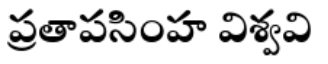
ప్రతాపసింహ విశ్వవి